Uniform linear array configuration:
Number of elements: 64
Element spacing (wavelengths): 0.5
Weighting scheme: cosine
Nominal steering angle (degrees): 0
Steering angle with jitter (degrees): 0.9046
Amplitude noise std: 0.05
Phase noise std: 0.05

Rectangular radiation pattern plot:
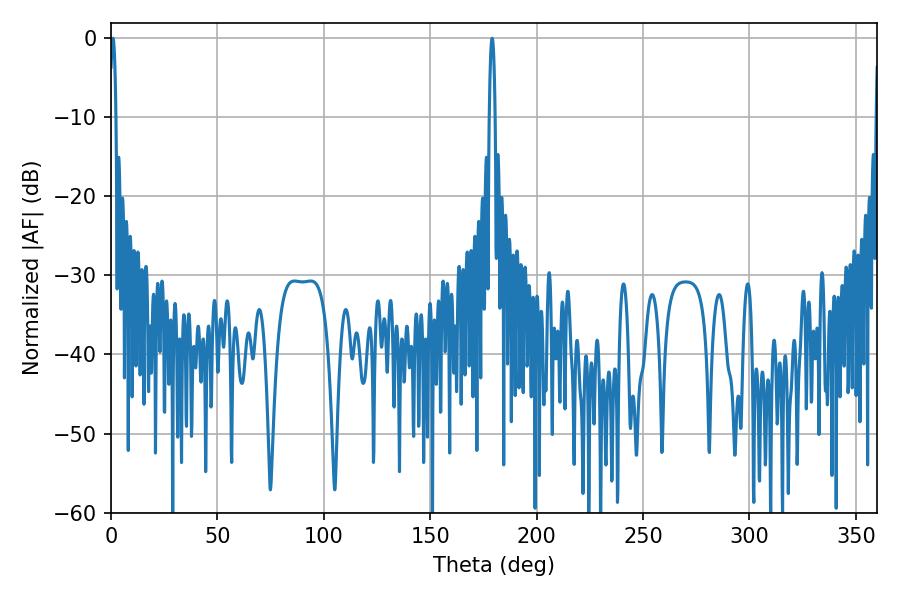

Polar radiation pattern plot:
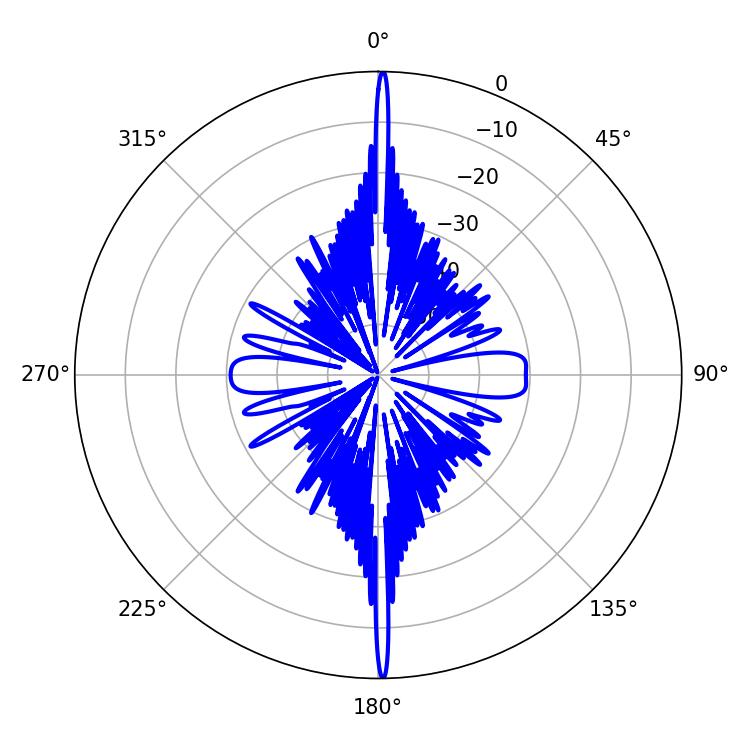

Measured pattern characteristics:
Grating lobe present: FALSE
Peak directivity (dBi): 32.87
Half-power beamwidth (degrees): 1.44
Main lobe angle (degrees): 0.9